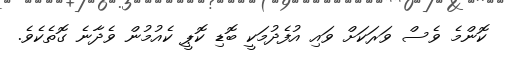
ކޮންމެ ވެސް ވަރަކަށް ވައި އުފެދުމަކީ ބޮޑި ކޮޕީ ކެއުމުން ވެދާނެ ގޮތެކެވެ.